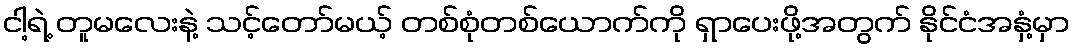
ငါ့ရဲ့ တူမလေးနဲ့ သင့်တော်မယ့် တစ်စုံတစ်ယောက်ကို ရှာပေးဖို့အတွက် နိုင်ငံအနှံ့မှာ